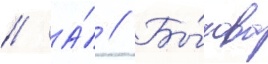
// А́ // Бы́кова